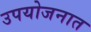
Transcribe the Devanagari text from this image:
उपयोजनात